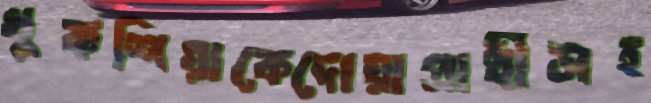
খুকশিয়াকেদোয়াপ্রার্থীসহ